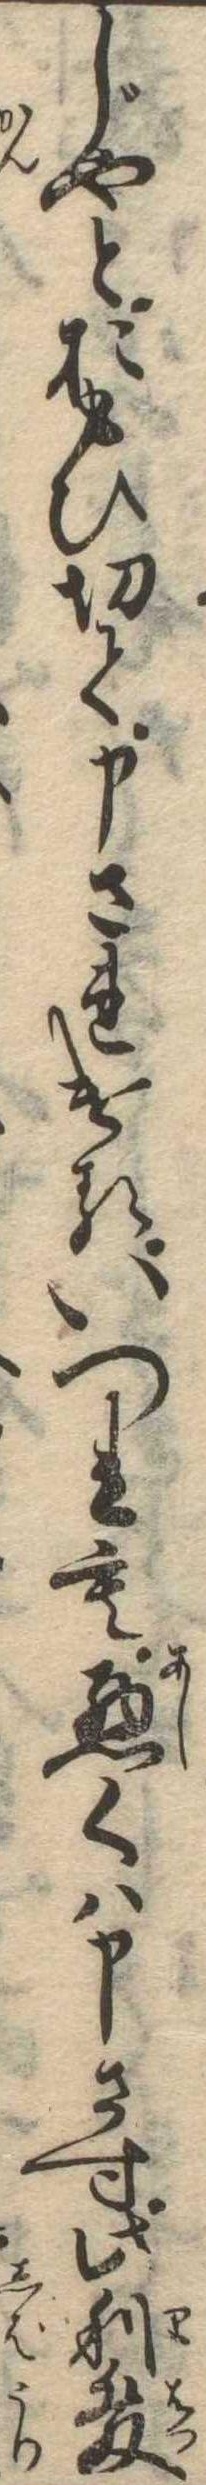
じやとおもひ切て申されけるいつれも悪くは申さす此利発